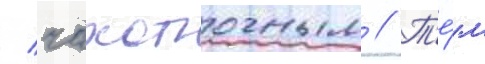
/ чахоточным // Т'е́м